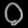
Digit: ၀